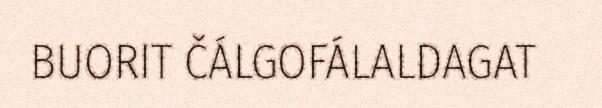
BUORIT ČÁLGOFÁLALDAGAT